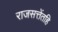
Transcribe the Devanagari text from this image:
राजसत्तेंतहि